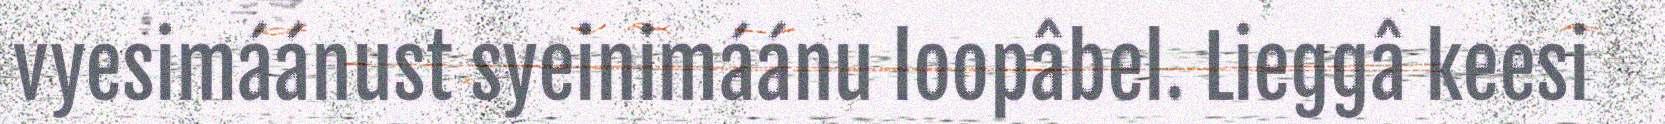
vyesimáánust syeinimáánu loopâbel. Lieggâ keesi